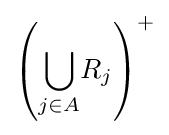
\left({\underset {j\in A}{\bigcup }}R_{j}\right)^{+}